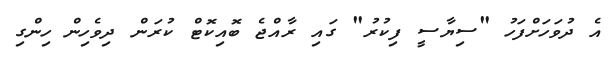
އެ ދުވަހަށްފަހު "ސިޔާސީ ފިކުރު" ގައި ރާއްޖެ ބޮއިކޮޓް ކުރަން ދިވެހިން ހިންގި